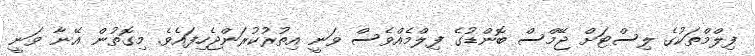
ފިލްމްތަކުގެ ލިސްޓަށް ޖޭމްސް ބޮންޑުގެ ފިލްމެއްވެސް ވަނީ އިތުރުކުރަންޖެހިފައެވެ. މިގޮތުން އޭނާ ވަނީ